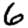
Digit: 6